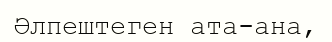
Әлпештеген ата-ана,